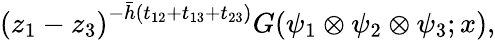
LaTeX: \left(z_{1}-z_{3}\right)^{-\bar{h}(t_{12}+t_{13}+t_{23})}G(\psi_{1}\otimes\psi_{2}\otimes\psi_{3};x),